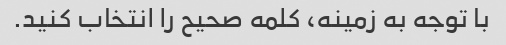
با توجه به زمینه، کلمه صحیح را انتخاب کنید.